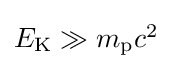
{\textstyle E_{\mathrm {K} }\gg m_{\mathrm {p} }c^{2}}